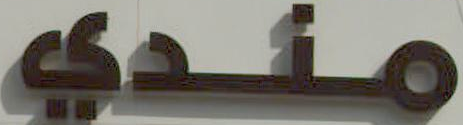
مندي